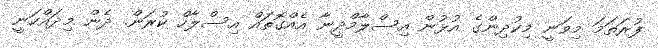
ފުރަތަމަ މިވަނީ މިކުދިންގެ އުޅުން އިސްލާމްދީނާ އެއްގޮތައް އިސްލާހް ކުރަން. ދެން މިދައްކަނީ